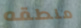
منطقه